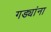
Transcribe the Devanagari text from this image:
गड्यांना